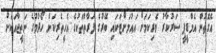
އެގޮތުން އެމްޑީޕީ ސަރުކާރު ވެރިކަމަށް އައުމަށްޓަކައި ބޭރުގެ ފަރާތްތަކުގެ އެހީތެރިކަން ހޯދުމުގެ ނަތީޖާއަކަށް